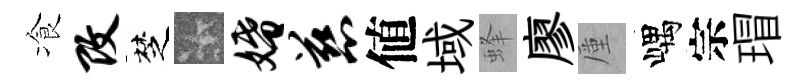
飡改椘卡婚慈値域蜂廖厪嵎宗瑁